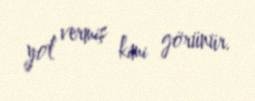
yol vermiş kimi görünür.